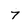
Character: 7